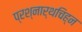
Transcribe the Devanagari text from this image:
प्रश्नार्थचिह्न